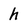
Character: h